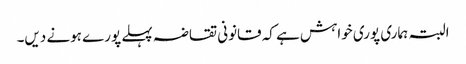
البتہ ہماری پوری خواہش ہے کہ قانونی تقاضہ پہلے پورے ہونے دیں۔